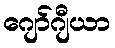
ဂျော်ဂျီယာ